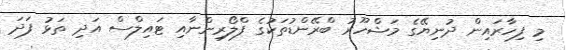
މި ފިހާރައިން ދުނިޔޭގެ މަޝްހޫރު ބްރޭންޑުތަކުގެ ފްލޯރިންނާއި ޓައިލްސް އަދި ތަޅު ފަދަ